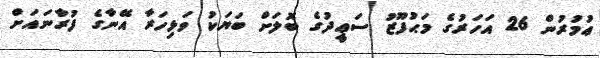
ޢުުމުރުން 26 އަހަރުގެ މަޙުފޫޒު ސަޢީދުގެ ބޮލަށް ބަޔަކު ވަޅިހަރާ އޭނާގެ ފުރާނައަށް